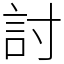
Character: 討